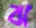
ঝ